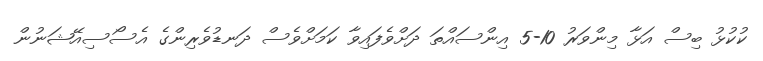
ކުކުޅު ބިސް އަޅާ މިންވަރު 10-5 އިންސައްތަ ދަށްވެފައިވާ ކަމަށްވެސް ދަނޑުވެރިންގެ އެސޯސިއޭޝަނުން